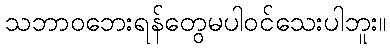
သဘာဝဘေးရန်တွေမပါဝင်သေးပါဘူး။